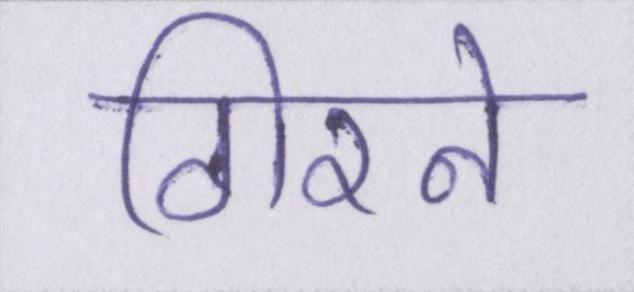
गिरने